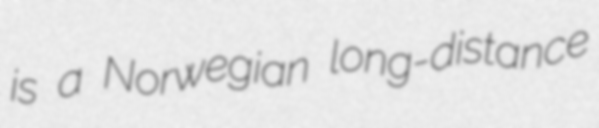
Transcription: is a Norwegian long-distance